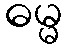
ဓမ္မ